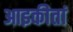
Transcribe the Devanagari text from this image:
आइकीतां